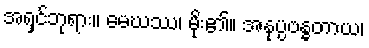
အရှင်ဘုရား။ မေဃဿ၊ မိုး၏။ အနုပ္ပဗန္ဓတာယ၊